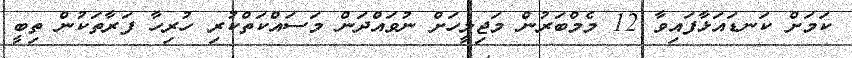
ކަމަށް ކަނޑައަޅާފައިވާ 12 މެމްބަރުން މަޖިލީހަށް ނުވައްދަން މަސައްކަތްކުރި ހުރިހާ ފަރާތަކުން ތިބީ